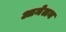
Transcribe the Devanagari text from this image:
आमेलन